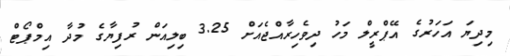
މިދިޔަ އަހަރުގެ އޭޕްރީލް މަހު ދިވެހިރާއްޖެއަށް 3.25 ބިލިއަން ރުފިޔާގެ މުދާ އިމްޕޯޓް